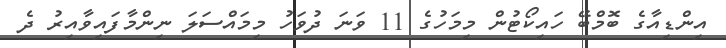
އިންޑިއާގެ ބޮމްބޭ ހައިކޯޓުން މިމަހުގެ 11 ވަނަ ދުވަހު މިމައްސަލަ ނިންމާފައިވާއިރު ދެ